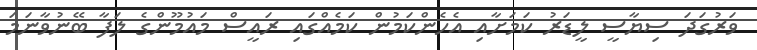
ވަރުގަދަ ސިޔާސީ ލީޑަރު ކަމަށާއި އެހެންކަމުން ކަމެއްގައި ރައީސް މައުމޫންގެ ލަފާ ބޭނުވާނަމަ